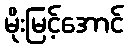
မိုးမြင့်အောင်